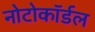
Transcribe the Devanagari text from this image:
नोटोकॉर्डल